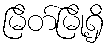
မြိတ်မြို့ရှိ